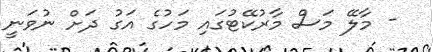
- މާލޭ މަސް މާރުކޭޓުގައި މަހުގެ އަގު ދަށް ނުވަނީ